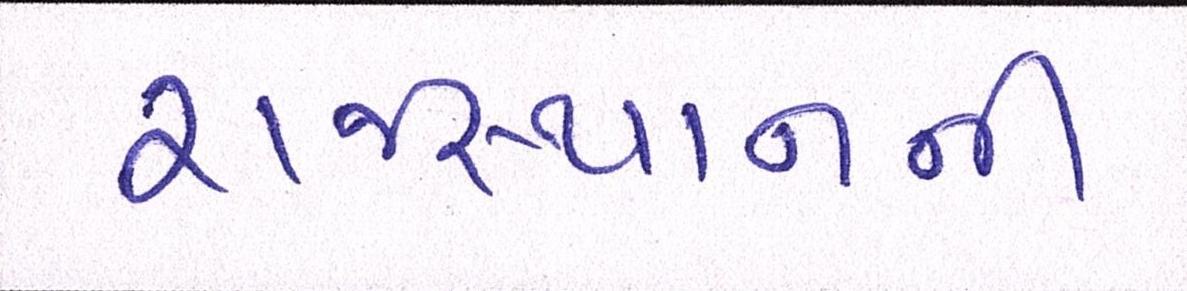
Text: રાજસ્થાનની